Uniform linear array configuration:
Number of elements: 64
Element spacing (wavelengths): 0.75
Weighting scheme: hann
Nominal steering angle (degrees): -60
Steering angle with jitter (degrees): -60.402
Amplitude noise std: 0.05
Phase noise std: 0.05

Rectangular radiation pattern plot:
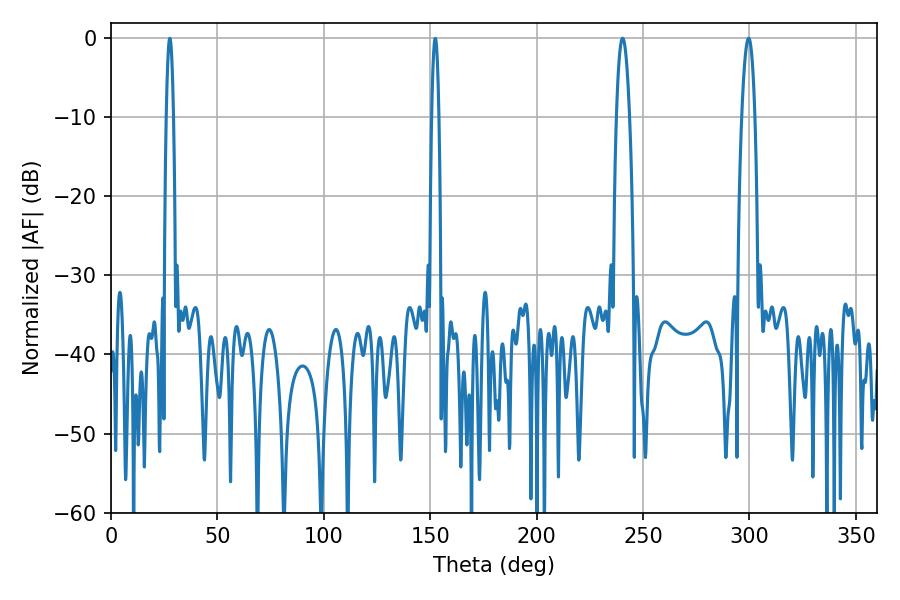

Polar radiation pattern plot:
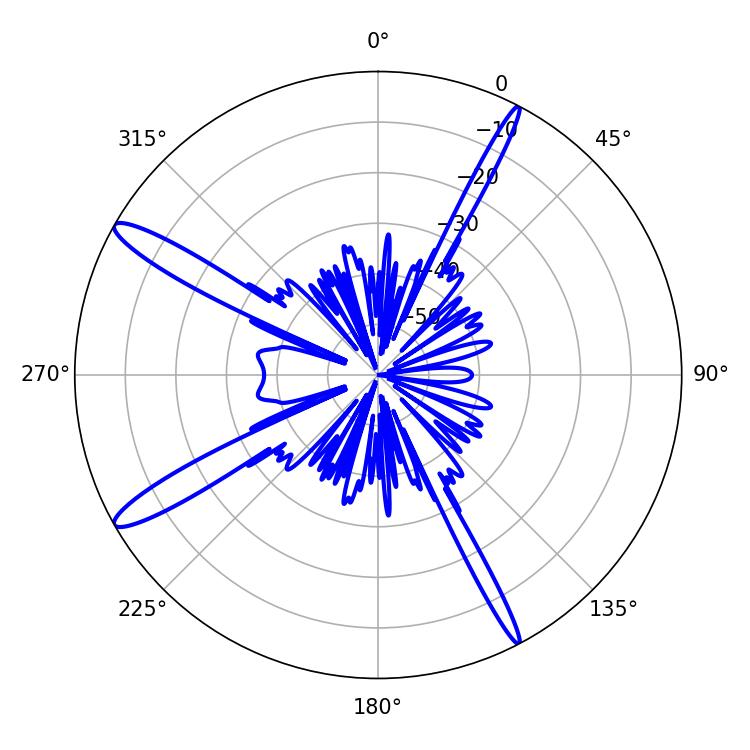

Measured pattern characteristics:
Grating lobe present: TRUE
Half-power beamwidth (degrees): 3.42
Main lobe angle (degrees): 240.48